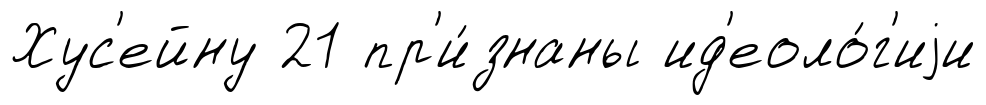
Хус'ейну 21 пр'и́знаны ид'еоло́г'иjи